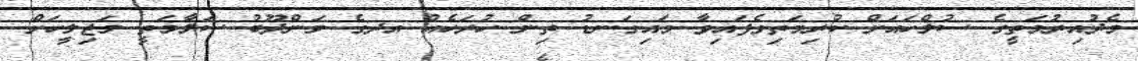
މެދުއިރުމަތީގެ ސުލްހައަށް ކުރިމަތިވެފައިވާ މައިގަނޑު ތިން ހުރަހެއް އދގެ މަންދޫބު ސަލާމަތީ މަޖިލީހަށް